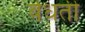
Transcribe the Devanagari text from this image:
वेधती